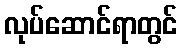
လုပ်ဆောင်ရာတွင်